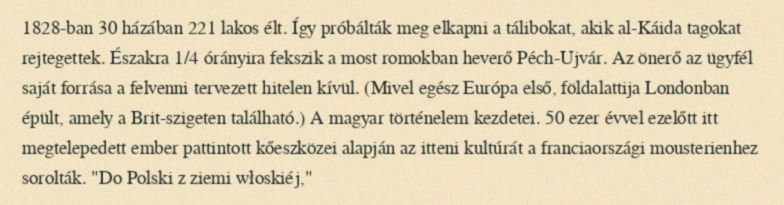
1828-ban 30 házában 221 lakos élt. Így próbálták meg elkapni a tálibokat, akik al-Káida tagokat rejtegettek. Északra 1/4 órányira fekszik a most romokban heverő Péch-Ujvár. Az önerő az ügyfél saját forrása a felvenni tervezett hitelen kívül. (Mivel egész Európa első, földalattija Londonban épült, amely a Brit-szigeten található.) A magyar történelem kezdetei. 50 ezer évvel ezelőtt itt megtelepedett ember pattintott kőeszközei alapján az itteni kultúrát a franciaországi mousterienhez sorolták. "Do Polski z ziemi włoskiéj,"